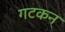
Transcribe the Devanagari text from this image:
गटकन